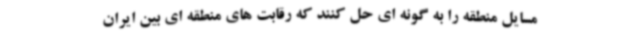
مسایل منطقه را به گونه ای حل کنند که رقابت های منطقه ای بین ایران